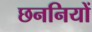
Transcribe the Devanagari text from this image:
छननियों